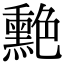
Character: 𦫯